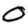
Digit: 0